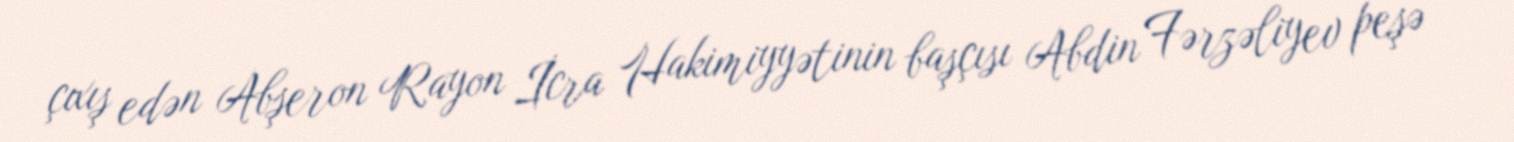
çıxış edən Abşeron Rayon İcra Hakimiyyətinin başçısı Abdin Fərzəliyev peşə